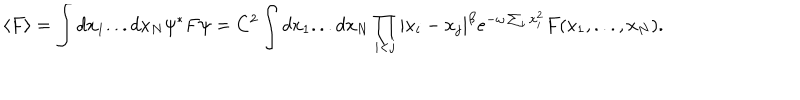
\langle F \rangle = \int d x _ { 1 } . . . d x _ { N } \psi ^ { * } F \psi = C ^ { 2 } \int d x _ { 1 } . . . d x _ { N } \prod _ { i < j } | x _ { i } - x _ { j } | ^ { \beta } e ^ { - \omega \sum _ { i } x _ { i } ^ { 2 } } F ( x _ { 1 } , . . . , x _ { N } ) .